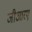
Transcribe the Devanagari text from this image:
जीआरए